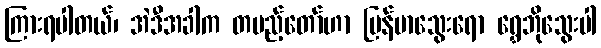
ကြားရပါတယ်၊ အဲဒီအခါက တပည့်တော်ဟာ မြန်မာသွေးရော ရွှေဘိုသွေးပါ